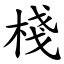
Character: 棧